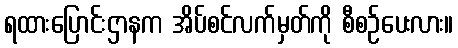
ရထားပြောင်းဌာနက အိပ်စင်လက်မှတ်ကို စီစဉ်ပေးလား။